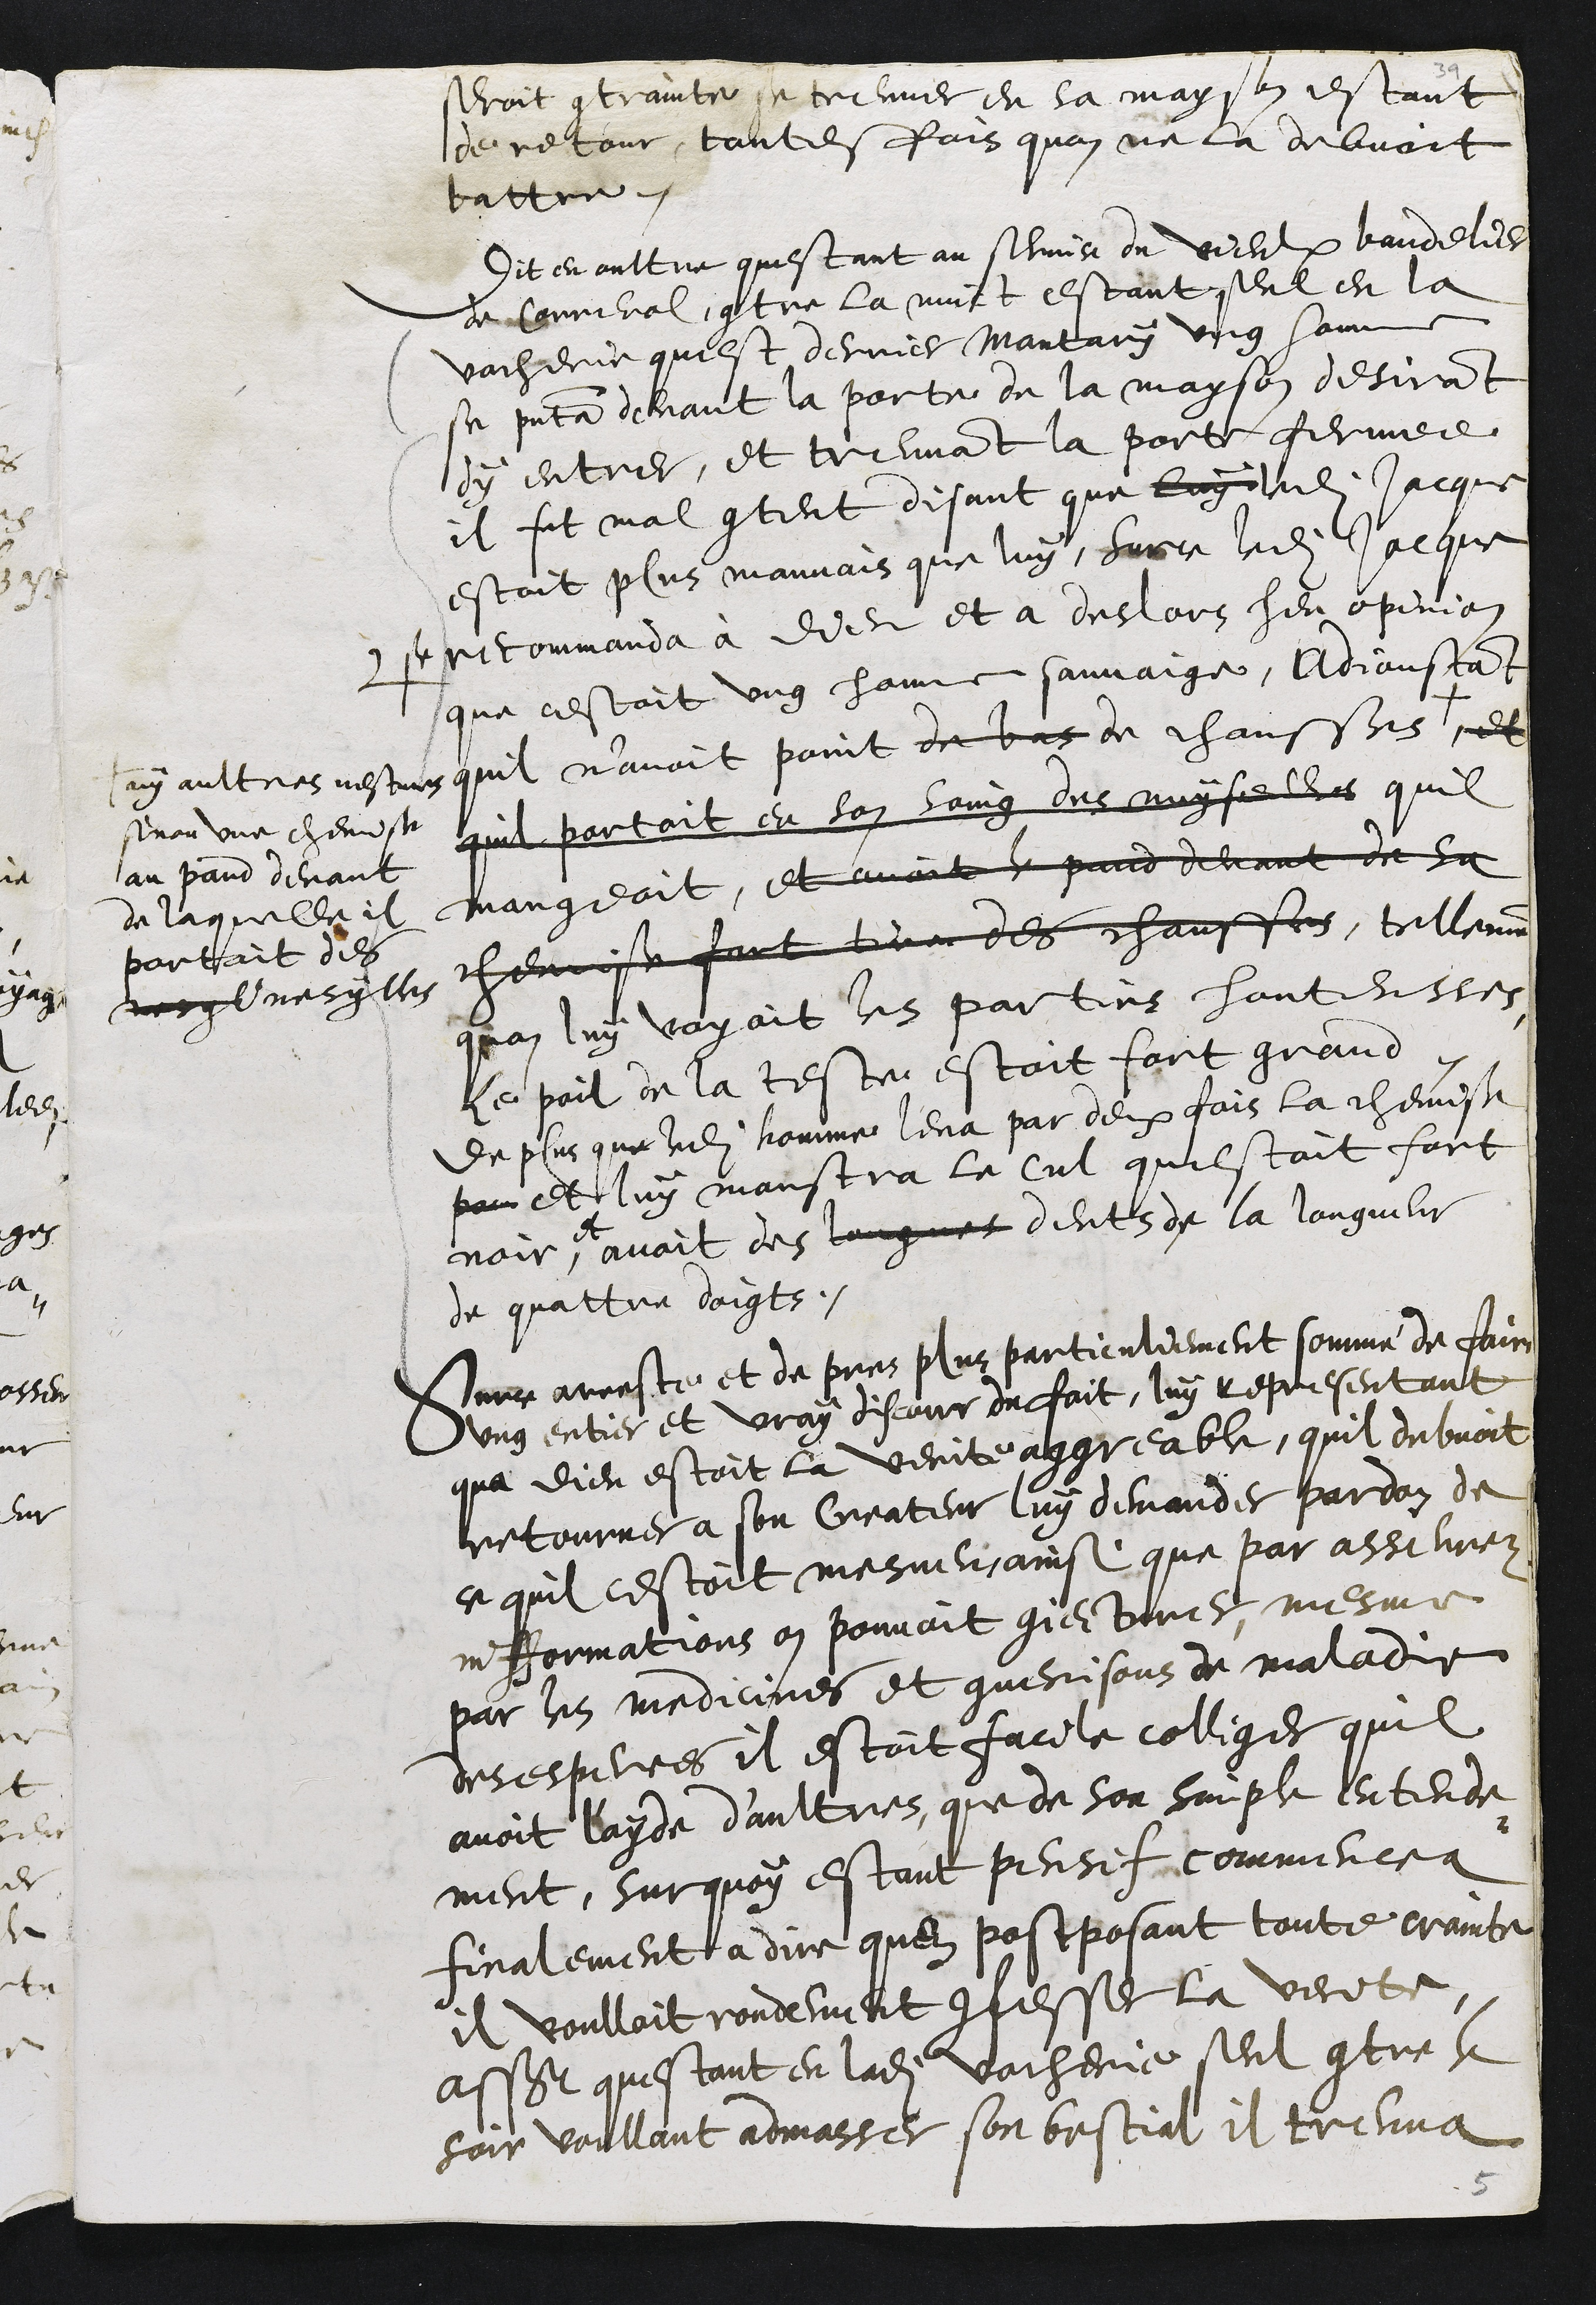
seroit contrainte se treuver en sa mayson estant
de retour, toutesfois quon ne la debvoit
battre.
Dit en oultre questant au service du vieulx bandelier
de Correnol, contre la nuict estant seul en la
vacherie quest derrier Montary ung homme
se presenta devant la porte de la mayson desirant
dy entrer, et treuvant la porte fermee
il fut mal content disant que luy ledit Jacque
estoit plus mauvais que luy, sur ce ledit Jacque
se recommanda à Dieu et a deslors heu opinion
que cestoit ung homme sauvaige. Adjoustant
quil n’avoit point de bas de chausses + et
ny aultres vesture
sinon une chemise
au pand devant
de laquelle il
portoit des
necql nesylles
quil portoit en son soing des neyselles quil
mangeoit, et avoit le pand devant de sa
chemise fort tirer des chausses, tellement
quon luy voyoit les parties honteusses
le poil de la teste estoit fort grand
de plus que ledit homme leva par deux fois la chemisse
pour et luy manstra le cul questoit fort
noir,
et
avoit des longues dents de la longueur
de quattre doigts.
Surce arreste et de pres plus particuliement sommé de faire
ung entier et vray discour du fait, luy representant
que dieu estoit la verite aggreable, quil debvoit
retourner a son Createur luy demander pardon de
ce quil cestoit mesmer, ainsi que par asseurez
infformations on pouvoit conjecturer, mesme
par les medicines et guerisons de maladie
desesperes il estoit facile colliger quil
avoit l'ayde d'aultres, que de son simple entende¬
ment, Surquoy estant pensif commencea
finalement a dire quen postposant toute crainte
il voulloit rondement confesser la verite
assavoir questant en ladite vacherie seul contre le
soir voullant admasser son bestial il treuva